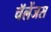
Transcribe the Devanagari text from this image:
चॅलेंजस